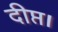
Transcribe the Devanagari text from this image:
दीप्त।